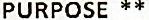
PURPOSE **